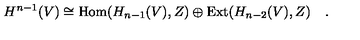
H ^ { n - 1 } ( V ) \cong \mathrm { H o m } ( H _ { n - 1 } ( V ) , Z ) \oplus \mathrm { E x t } ( H _ { n - 2 } ( V ) , Z ) \quad .